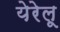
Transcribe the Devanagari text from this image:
येरेलू